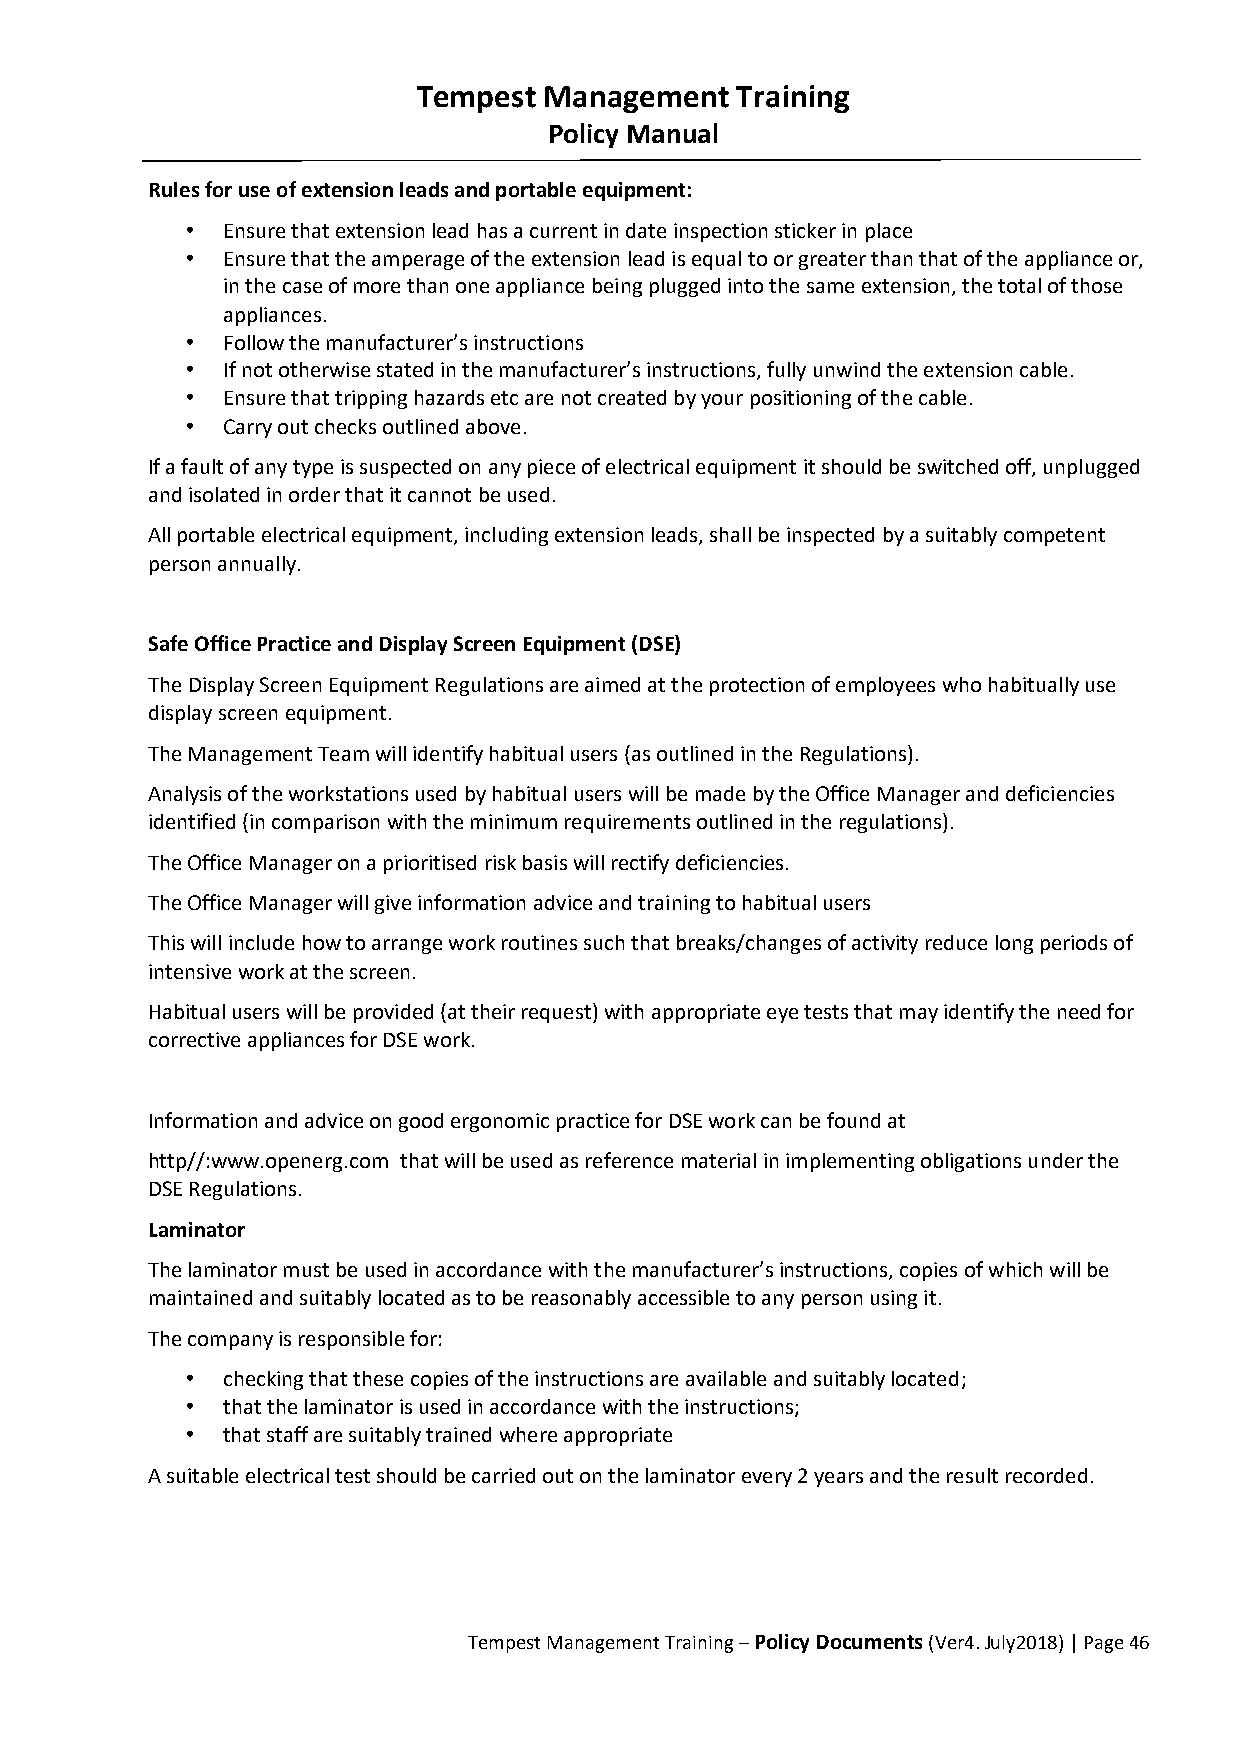
Tempest Management   Training
 Policy Manual
 Rules for use of extension leads and portable equipment:
 •  Ensure that extension lead has a current in date inspection sticker in place
 •  Ensure that the amperage of the extension lead is equal to or greater than that of the appliance or,
 in the case of more than one appliance being plugged into the same extension, the total of those
 appliances.
 •  Follow the manufacturer’s instructions
 •  If not otherwise stated in the manufacturer’s instructions, fully unwind the extension cable.
 •  Ensure that tripping hazards etc are not created by your positioning of the cable.
 •  Carry out checks outlined above.
 If a fault of any type is suspected on any piece of electrical equipment it should be switched off, unplugged
 and isolated in order that it cannot be used.
 All portable electrical equipment, including extension leads, shall be inspected by a suitably competent
 person annually.
 Safe Office Practice and Display Screen Equipment (DSE)
 The Display Screen Equipment Regulations are aimed at the protection of employees who habitually use
 display screen equipment.
 The Management Team will identify habitual users (as outlined in the Regulations).
 Analysis of the workstations used by habitual users will be made by the Office Manager and deficiencies
 identified (in comparison with the minimum requirements outlined in the regulations).
 The Office Manager on a prioritised risk basis will rectify deficiencies.
 The Office Manager will give information advice and training to habitual users
 This will include how to arrange work routines such that breaks/changes of activity reduce long periods of
 intensive work at the screen.
 Habitual users will be provided (at their request) with appropriate eye tests that may identify the need for
 corrective appliances for DSE work.
 Information and advice on good ergonomic practice for DSE work can be found at
 http//:www.openerg.com that will be used as reference material in implementing obligations under the
 DSE Regulations.
 Laminator
 The laminator must be used in accordance with the manufacturer’s instructions, copies of which will be
 maintained and suitably located as to be reasonably accessible to any person using it.
 The company is responsible for:
 •  checking that these copies of the instructions are available and suitably located;
 •  that the laminator is used in accordance with the instructions;
 •  that staff are suitably trained where appropriate
 A suitable electrical test should be carried out on the laminator every 2 years and the result recorded.
 Tempest Management Training – Policy Documents (Ver4. July2018) | Page 46